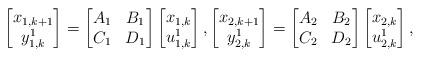
LaTeX: \begin{align*}\begin{bmatrix}x_{1,k+1}\\y_{1,k}^1\end{bmatrix}=\begin{bmatrix} A_1 & B_1\\ C_1 & D_1 \end{bmatrix}\begin{bmatrix} x_{1,k}\\ u_{1,k}^1\end{bmatrix}, \begin{bmatrix}x_{2,k+1}\\y_{2,k}^1\end{bmatrix}=\begin{bmatrix} A_2 & B_2\\ C_2 & D_2 \end{bmatrix}\begin{bmatrix} x_{2,k}\\ u_{2,k}^1 \end{bmatrix},\end{align*}